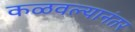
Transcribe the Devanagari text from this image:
कळवल्यानंतर